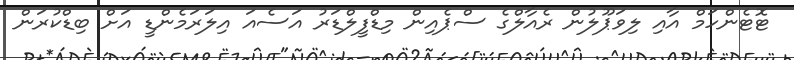
ޓޮޓެންހަމް އާއި ލިވަޕޫލުން ރެއާލްގެ ސްޕެއިން މިޑްފީލްޑަރު އަސެއަ އިލަރަމެންޑީ އަށް ބިޑްކުރަން